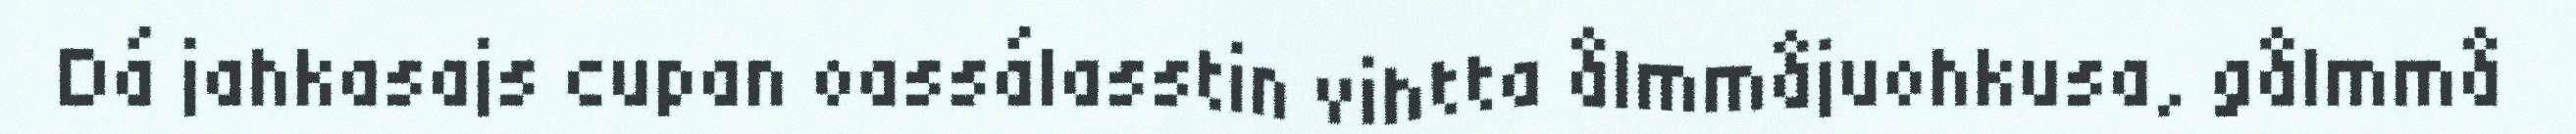
Dá jahkasajs cupan oassálasstin vihtta ålmmåjuohkusa, gålmmå